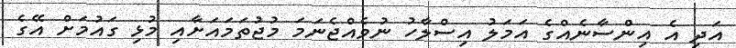
އަދި އެ އިންސާނެއްގެ އަމަލު އިސްލާހު ނުވެއްޖެނަމަ މުޖުތަމައަށާއި މުޅި ގައުމަށް އޭގެ